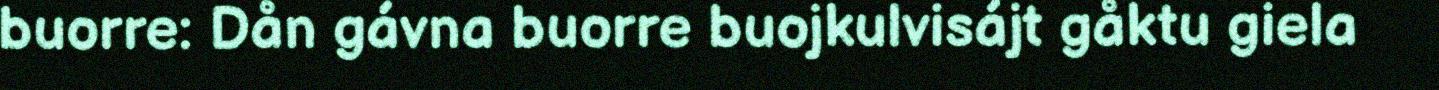
buorre: Dån gávna buorre buojkulvisájt gåktu giela